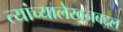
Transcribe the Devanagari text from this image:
त्यांच्यालेखनबद्दल